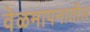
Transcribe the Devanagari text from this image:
वेळमापनातील